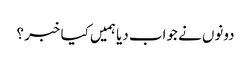
دونوں نے جواب دیا ہمیں کیا خبر ؟